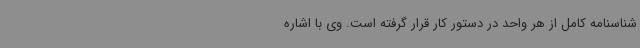
شناسنامه کامل از هر واحد در دستور کار قرار گرفته است. وی با اشاره